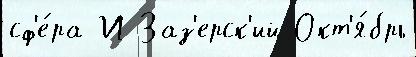
сф'е́ра И Заз'ерск'ий Окт'я́брь